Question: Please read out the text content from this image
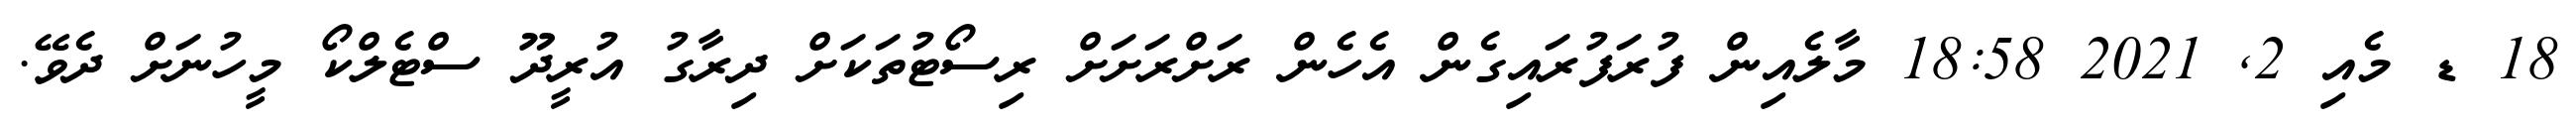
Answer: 18 ޑ މެއި 2, 2021 18:58 މާލެއިން ފުރަފުރައިގެން އެހެން ރަށްރަށަށް ރިސޯޓުތަކަށް ދިރާގު އުރީދޫ ސްޓެލްކޯ މީހުނަށް ދެވޭ.